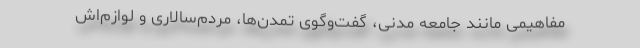
مفاهیمی مانند جامعه مدنی، گفت‌و‌گوی تمدن‌ها، مردم‌سالاری و لوازم‌اش